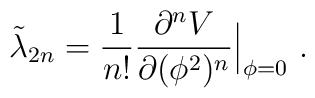
\tilde\lambda_{2n}={1\over n!}{\partial^n V\over\partial (\phi^2)^n}\Big|_{\phi=0}\ .